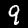
Label: 9